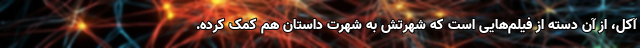
آکل، از آن دسته از فیلم‌هایی است که شهرتش به شهرتِ داستان هم کمک کرده.